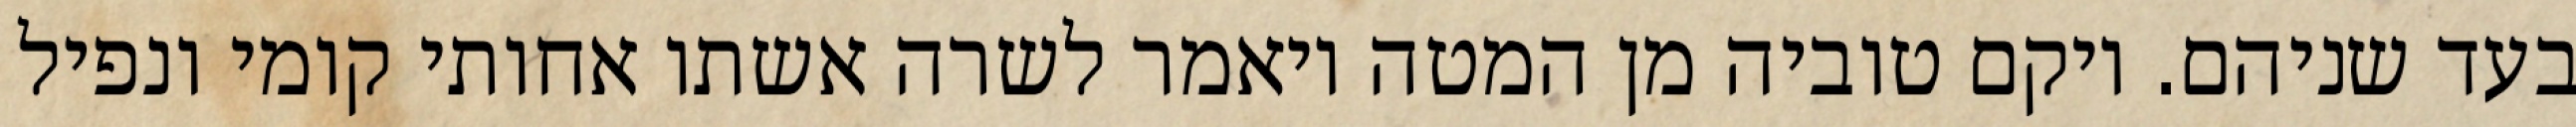
בעד שניהם. ויקם טוביה מן המטה ויאמר לשרה אשתו אחותי קומי ונפיל